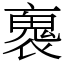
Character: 褢